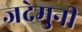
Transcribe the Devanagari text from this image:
जदेमुनी